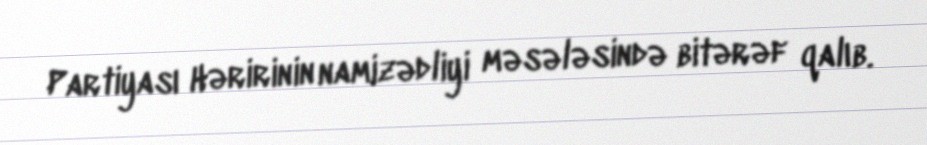
Partiyası Həririnin namizədliyi məsələsində bitərəf qalıb.